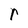
Character: r